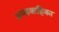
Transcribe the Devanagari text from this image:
अण्डवाहिका